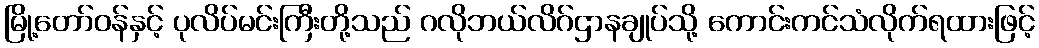
မြို့တော်ဝန်နှင့် ပုလိပ်မင်းကြီးတို့သည် ဂလိုဘယ်လိဂ်ဌာနချုပ်သို့ ကောင်းကင်သံလိုက်ရထားဖြင့်